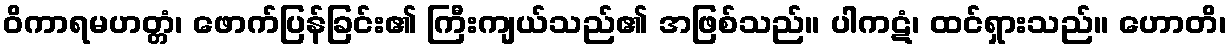
ဝိကာရမဟတ္တံ၊ ဖောက်ပြန်ခြင်း၏ ကြီးကျယ်သည်၏ အဖြစ်သည်။ ပါကဋံ၊ ထင်ရှားသည်။ ဟောတိ၊